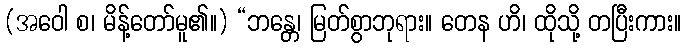
(အဝေါ စ၊ မိန့်တော်မူ၏။) “ဘန္တေ၊ မြတ်စွာဘုရား။ တေန ဟိ၊ ထိုသို့ တပြီးကား။